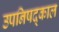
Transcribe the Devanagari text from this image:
उपनिषद्काल